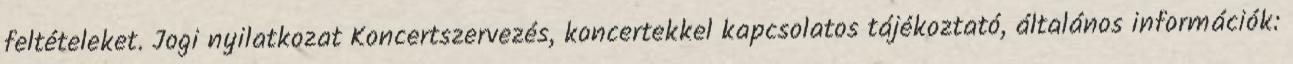
feltételeket. Jogi nyilatkozat Koncertszervezés, koncertekkel kapcsolatos tájékoztató, általános információk: